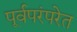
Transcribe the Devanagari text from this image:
पूर्वपरंपरेत